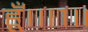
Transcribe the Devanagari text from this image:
हूँ।॥१॥